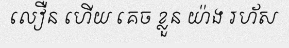
លឿន ហើយ គេច ខ្លួន យ៉ាង រហ័ស